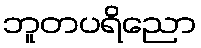
ဘူတပရိညော